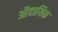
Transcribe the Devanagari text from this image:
औदायिक